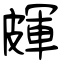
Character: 皹